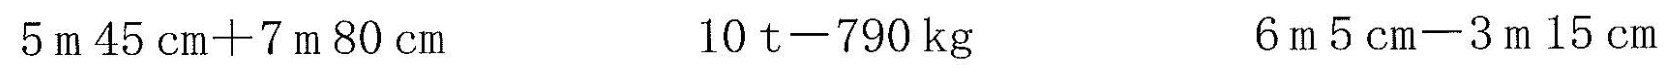
$$5 m 4 5 c m + 7 m 8 0 c m$$ $$1 0 t - 7 9 0 k g$$ $$6 m 5 c m - 3 m 1 5 c m$$